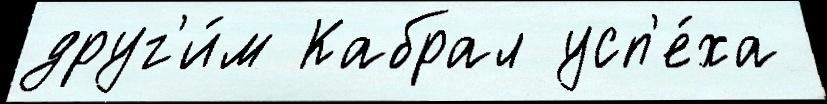
друг'и́м Кабрал усп'е́ха